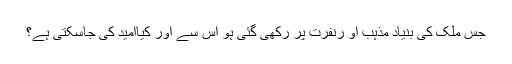
جس ملک کی بنیاد مذہب او رنفرت پر رکھی گئی ہو اس سے اور کیاامید کی جاسکتی ہے؟